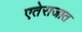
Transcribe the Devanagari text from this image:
एतेराजात